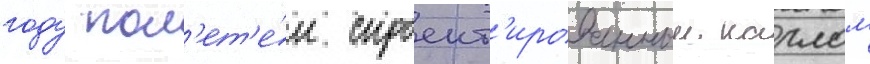
году пол'ет'е́л спроект'ированныи карлом